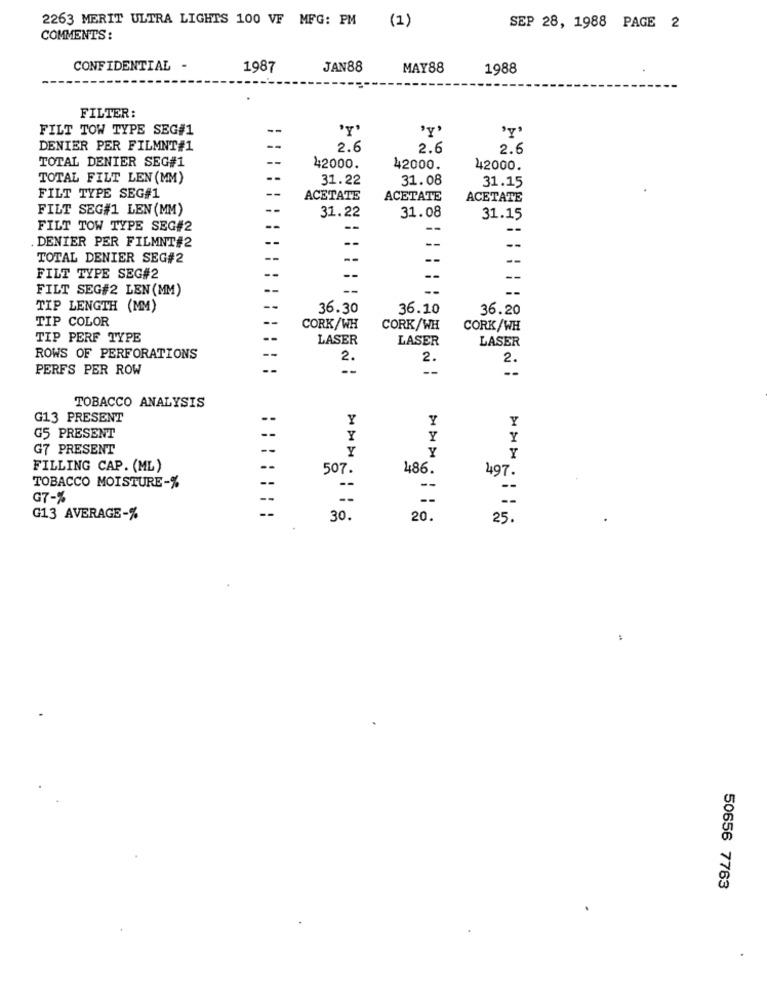
2263 MERIT ULTRA LIGHTS 100 VF MFG: PM (1)
SEP 28, 1988 PAGE 2
COMMENTS:
CONFIDENTIAL -
1987
JAN88
MAY88
1988
FILTER:
FILT TOW TYPE SEG#1
--
'Y'
'Y'
DENIER PER FILMNT#1
--
2.6
2.6
2.6
TOTAL DENIER SEG#1
42000.
42000.
42000.
TOTAL FILT LEN (MM)
31.22
31.08
31.15
FILT TYPE SEG#1
ACETATE
ACETATE
ACETATE
FILT SEG#1 LEN (MM)
31.22
31.08
31.15
FILT TOW TYPE SEG#2
--
-
--
--
--
-
--
DENIER PER FILMNT#2
TOTAL DENIER SEG#2
--
--
FILT TYPE SEG#2
FILT SEG#2 LEN (MM)
--
--
TIP LENGTH (MM)
36.30
36.10
36.20
TIP COLOR
CORK/WH
CORK/WH
CORK/WH
TIP PERF TYPE
LASER
LASER
LASER
ROWS OF PERFORATIONS
2.
2.
2.
PERFS PER ROW
--
TOBACCO ANALYSIS
G13 PRESENT
Y
Y
Y
G5 PRESENT
--
Y
Y
Y
G7 PRESENT
--
Y
Y
Y
FILLING CAP. (ML)
507.
486.
497.
TOBACCO MOISTURE-%
G7-%
--
G13 AVERAGE-%
30.
20.
25 .
50656 7763